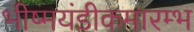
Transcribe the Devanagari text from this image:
भीष्मयंडीकमारम्भ